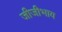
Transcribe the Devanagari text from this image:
जीजीभाय